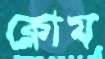
ক্লোম